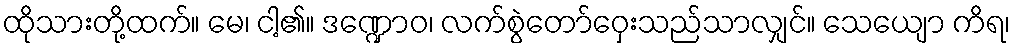
ထိုသားတို့ထက်။ မေ၊ ငါ့၏။ ဒဏ္ဍောဝ၊ လက်စွဲတော်ဝှေးသည်သာလျှင်။ သေယျော ကိရ၊